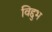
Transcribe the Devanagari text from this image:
विद्दुभ